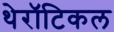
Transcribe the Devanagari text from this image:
थेरॉटिकल